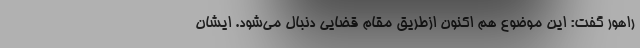
راهور گفت: این موضوع هم اکنون ازطریق مقام قضایی دنبال می‌شود. ایشان